Karu_vallavalitsus_Parnumaal, lk 61
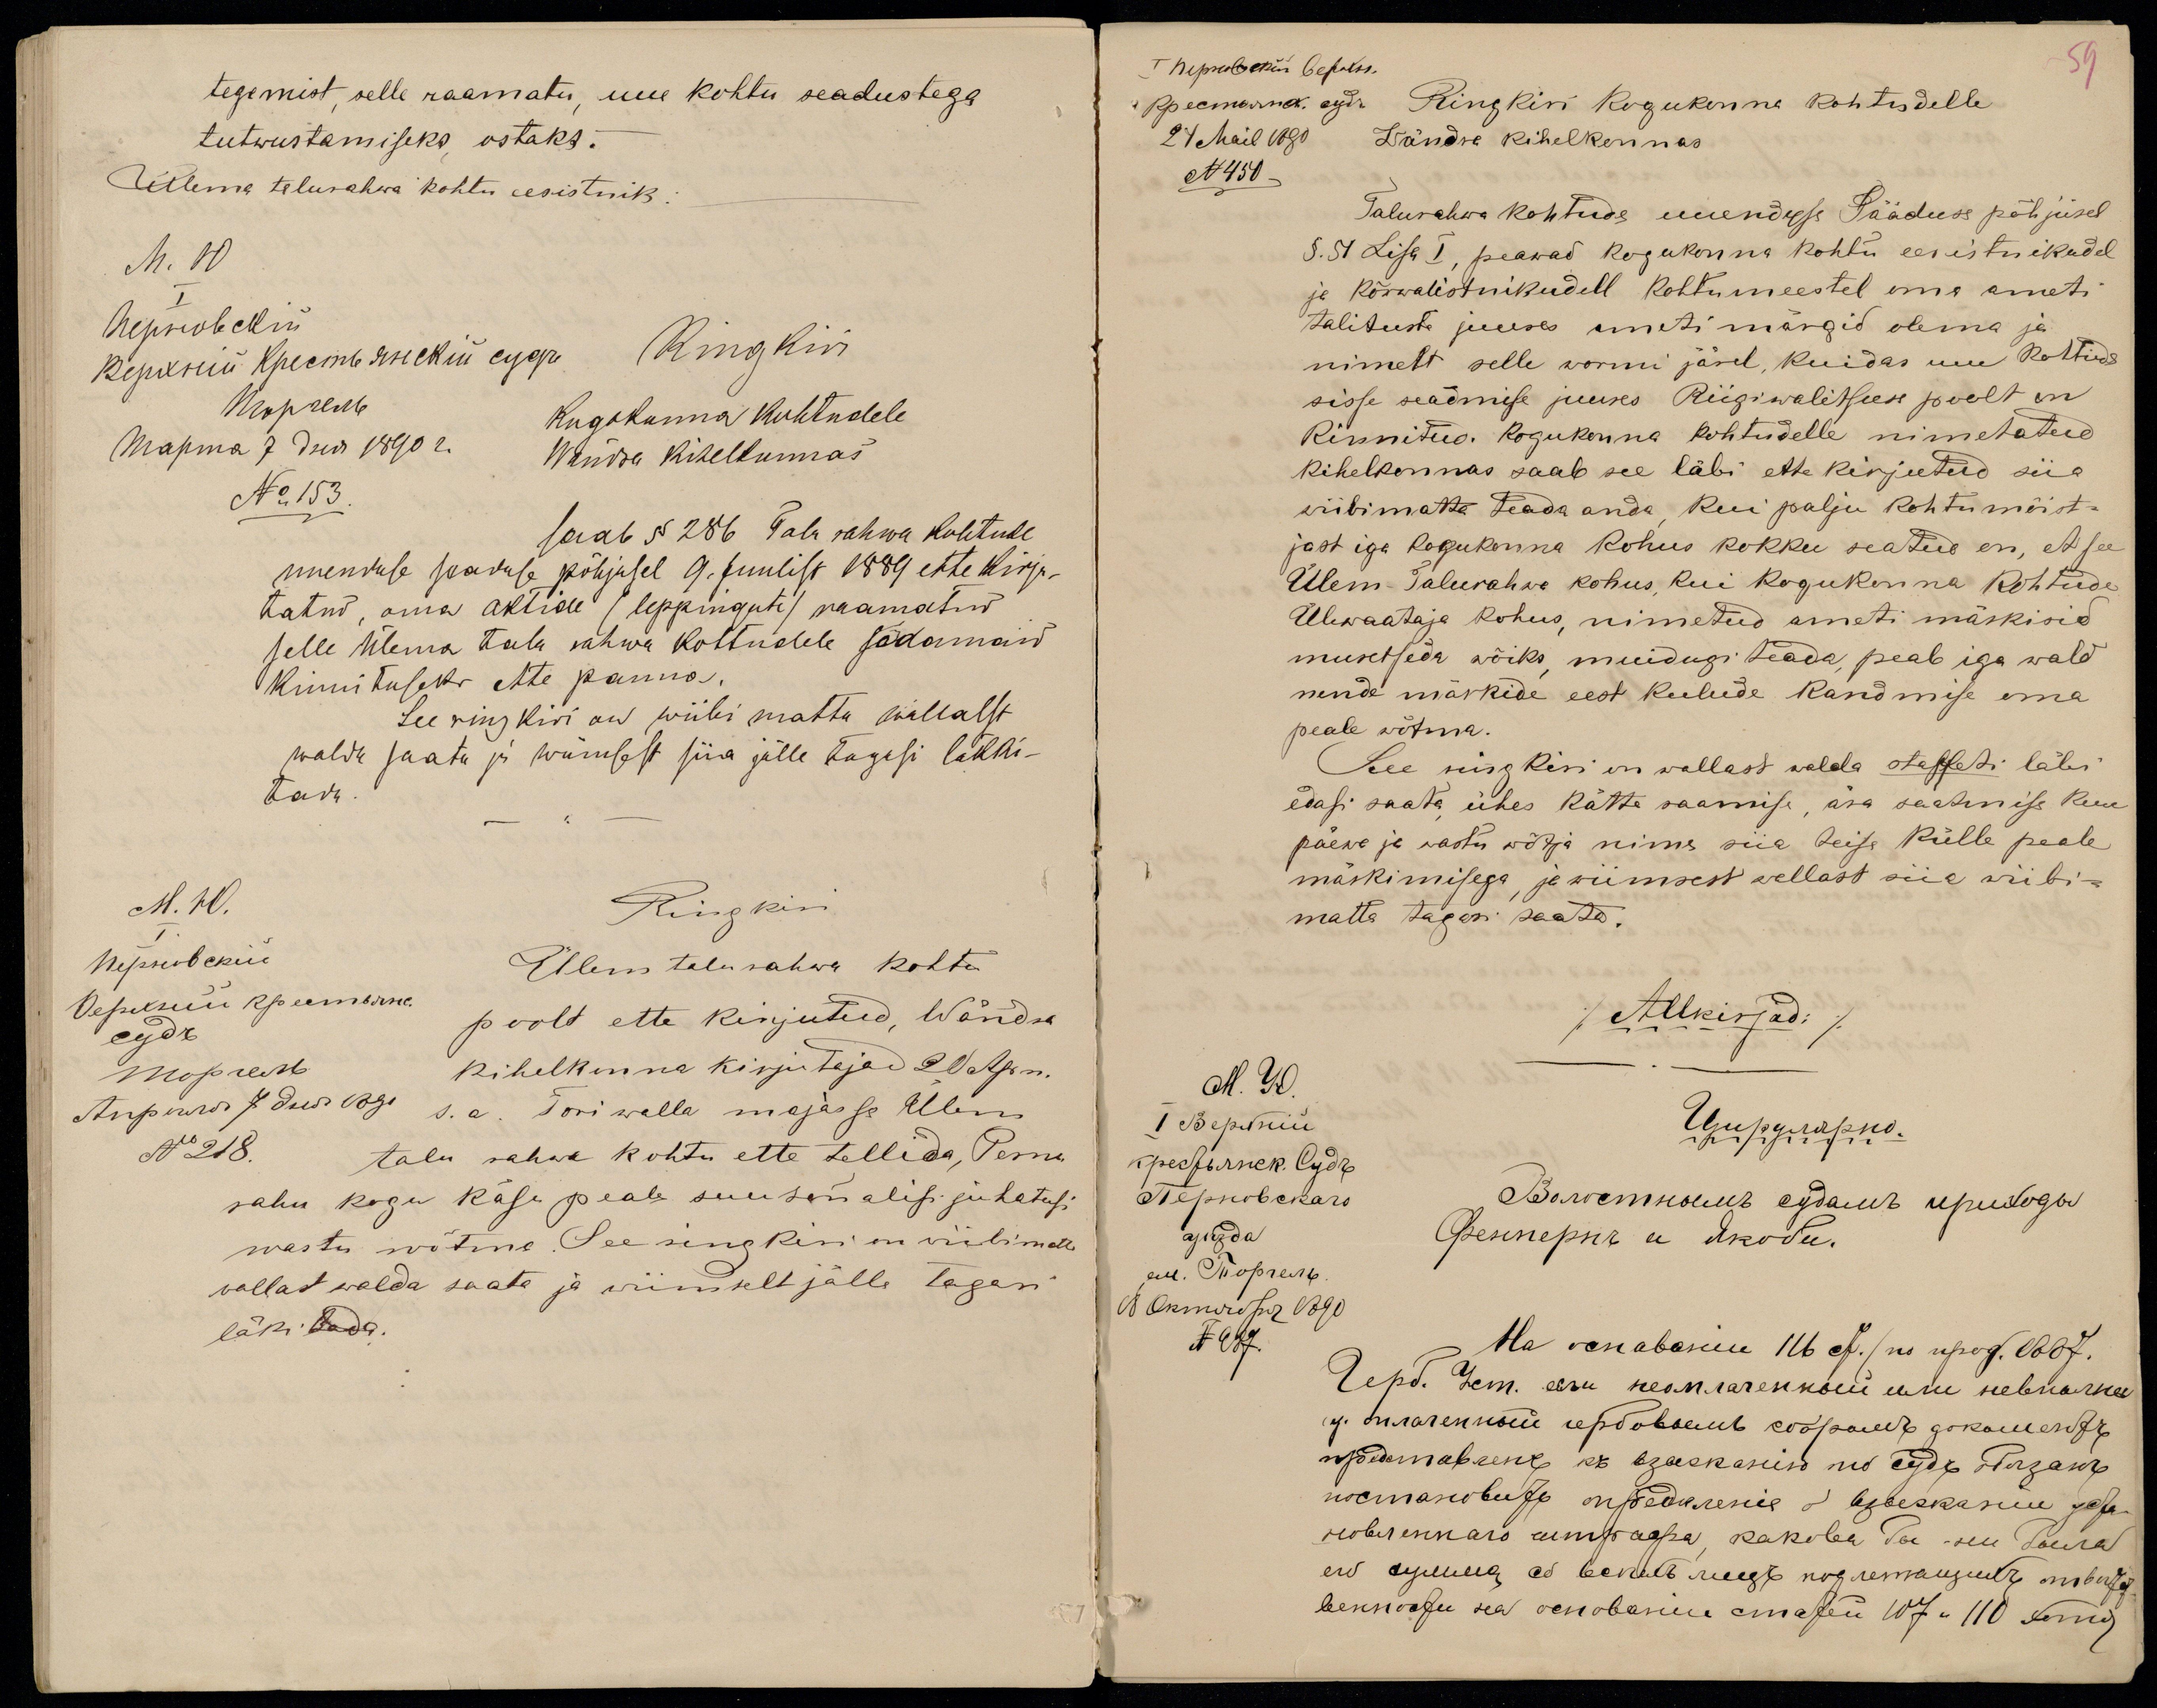
tegemist, selle raamatu, uue kohtu seadustega
tutwustamiseks, ostaks.
Ülema talurahwa kohtu eesistnik.
Ring kiri
Kogokonna kohtudele
Wändra kihelkonnas
No 153.
saab § 286 Talu rahwa kohtude
uuenduse seaduse põhjusel 9. Juulist 1889 ette kirju-
tatud, oma aktide (leppingute) raamatud
selle Ülema talu rahwa kohtudele sedamaid
kinnituseks ette panna.
See ring kiri on wiibi matta wallalst
walda saata ja wiimsest siia jälle tagasi läkki-
tada.
Ringkiri
Ülem talurahwa kohtu
poolt ette kirjutud, Wändra
kihelkonna kirjutajad 20 Aprn.
s.a. Tori walla majasse Ülem
No 218.
talu rahwa kohtu ette tellida, Pernu
rahu kogu käsu peale suusõnalisi juhatusi
wastu wõtma. See ringkiri on wiibimatta
wallast walda saata ja wiimselt jälle tagasi
läkitada.

59
Ringkiri kogukonna kohtudelle
Wändra kihelkonnas
24 Mail 1890
N 450
Talurahwa kohtude uuenduse Sääduse põhjusel
§. 51 Lisa I, peawad kogukonna kohtu eesistnikudel
ja kõrwalistnikudell kohtumeestel oma ameti
talituste juures ameti märgid olema ja
nimelt selle wormi järel, kuidas uue kohtude
sisse seadmise juures Riigiwalitsuse poolt on
kinnitud. Kogukonna kohtudelle nimetatud
kihelkonnas saab see läbi ette kirjutud siia
wiibimatta teada anda, kui palju kohtumõist-
jast iga kogukonna kohus kokku seatud on, et see
Ülem-Talurahwa kohus, kui kogukonna kohtude
Ülewaataja kohus, nimetud ameti märkisid
muretseda wõiks, muidugi teada, peab iga wald
nende märkide eest kulude kandmise oma
peale wõtma.
See ringkiri on wallast walda staffeti läbi
edasi saata, ühes kätte saamise, ära saatmise kuu
päewa ja wastu wõtja nime siia teise külle peale
märkimisega ja wiimsest wallast siia wiibi-
matta tagasi saata.
/Allkirjad:/